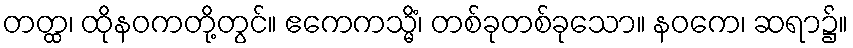
တတ္ထ၊ ထိုနဝကတို့တွင်။ ဧကေကသ္မိံ၊ တစ်ခုတစ်ခုသော။ နဝကေ၊ ဆရာ၌။